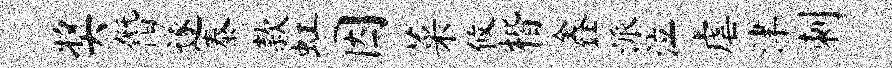
奖僭遂泰款虹因菜攸楷鑫派泣虐津刺